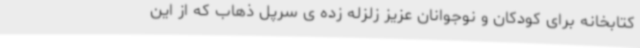
کتابخانه برای کودکان و نوجوانان عزیز زلزله زده ی سرپل ذهاب که از این